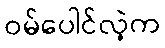
ဝမ်ပေါင်လဲ့က